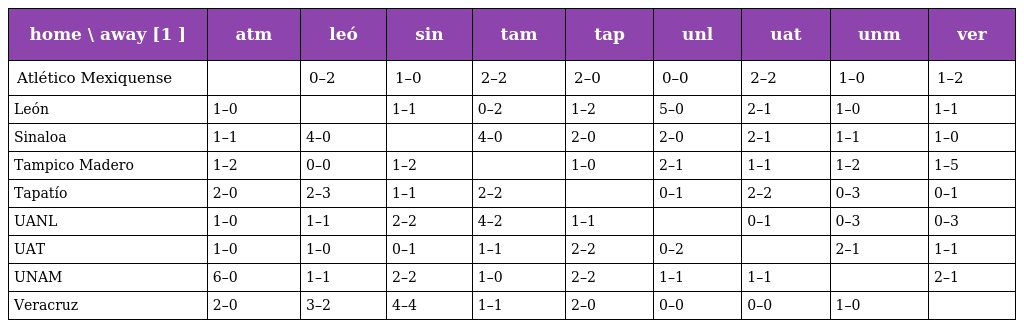
| home \ away [1 ] | atm | leó | sin | tam | tap | unl | uat | unm | ver |
 | --- | --- | --- | --- | --- | --- | --- | --- | --- | --- |
 | Atlético Mexiquense |  | 0–2 | 1–0 | 2–2 | 2–0 | 0–0 | 2–2 | 1–0 | 1–2 |
 | León | 1–0 |  | 1–1 | 0–2 | 1–2 | 5–0 | 2–1 | 1–0 | 1–1 |
 | Sinaloa | 1–1 | 4–0 |  | 4–0 | 2–0 | 2–0 | 2–1 | 1–1 | 1–0 |
 | Tampico Madero | 1–2 | 0–0 | 1–2 |  | 1–0 | 2–1 | 1–1 | 1–2 | 1–5 |
 | Tapatío | 2–0 | 2–3 | 1–1 | 2–2 |  | 0–1 | 2–2 | 0–3 | 0–1 |
 | UANL | 1–0 | 1–1 | 2–2 | 4–2 | 1–1 |  | 0–1 | 0–3 | 0–3 |
 | UAT | 1–0 | 1–0 | 0–1 | 1–1 | 2–2 | 0–2 |  | 2–1 | 1–1 |
 | UNAM | 6–0 | 1–1 | 2–2 | 1–0 | 2–2 | 1–1 | 1–1 |  | 2–1 |
 | Veracruz | 2–0 | 3–2 | 4–4 | 1–1 | 2–0 | 0–0 | 0–0 | 1–0 |  |